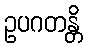
ဥပဂတန္တိ